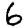
Digit: 6